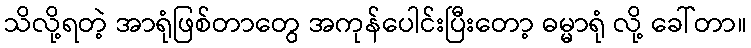
သိလို့ရတဲ့ အာရုံဖြစ်တာတွေ အကုန်ပေါင်းပြီးတော့ ဓမ္မာရုံ လို့ ခေါ်တာ။